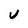
Character: v